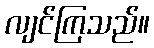
လျင်ကြသည်။